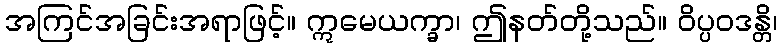
အကြင်အခြင်းအရာဖြင့်။ ဣမေယက္ခာ၊ ဤနတ်တို့သည်။ ဝိပ္ပဝဒန္တိ၊